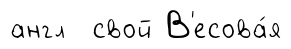
англ свой В'есова́я